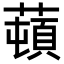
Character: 𦼿